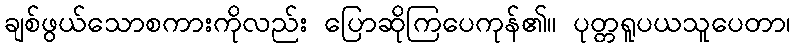
ချစ်ဖွယ်သောစကားကိုလည်း ပြောဆိုကြပေကုန်၏။ ပုတ္တရူပယသူပေတာ၊